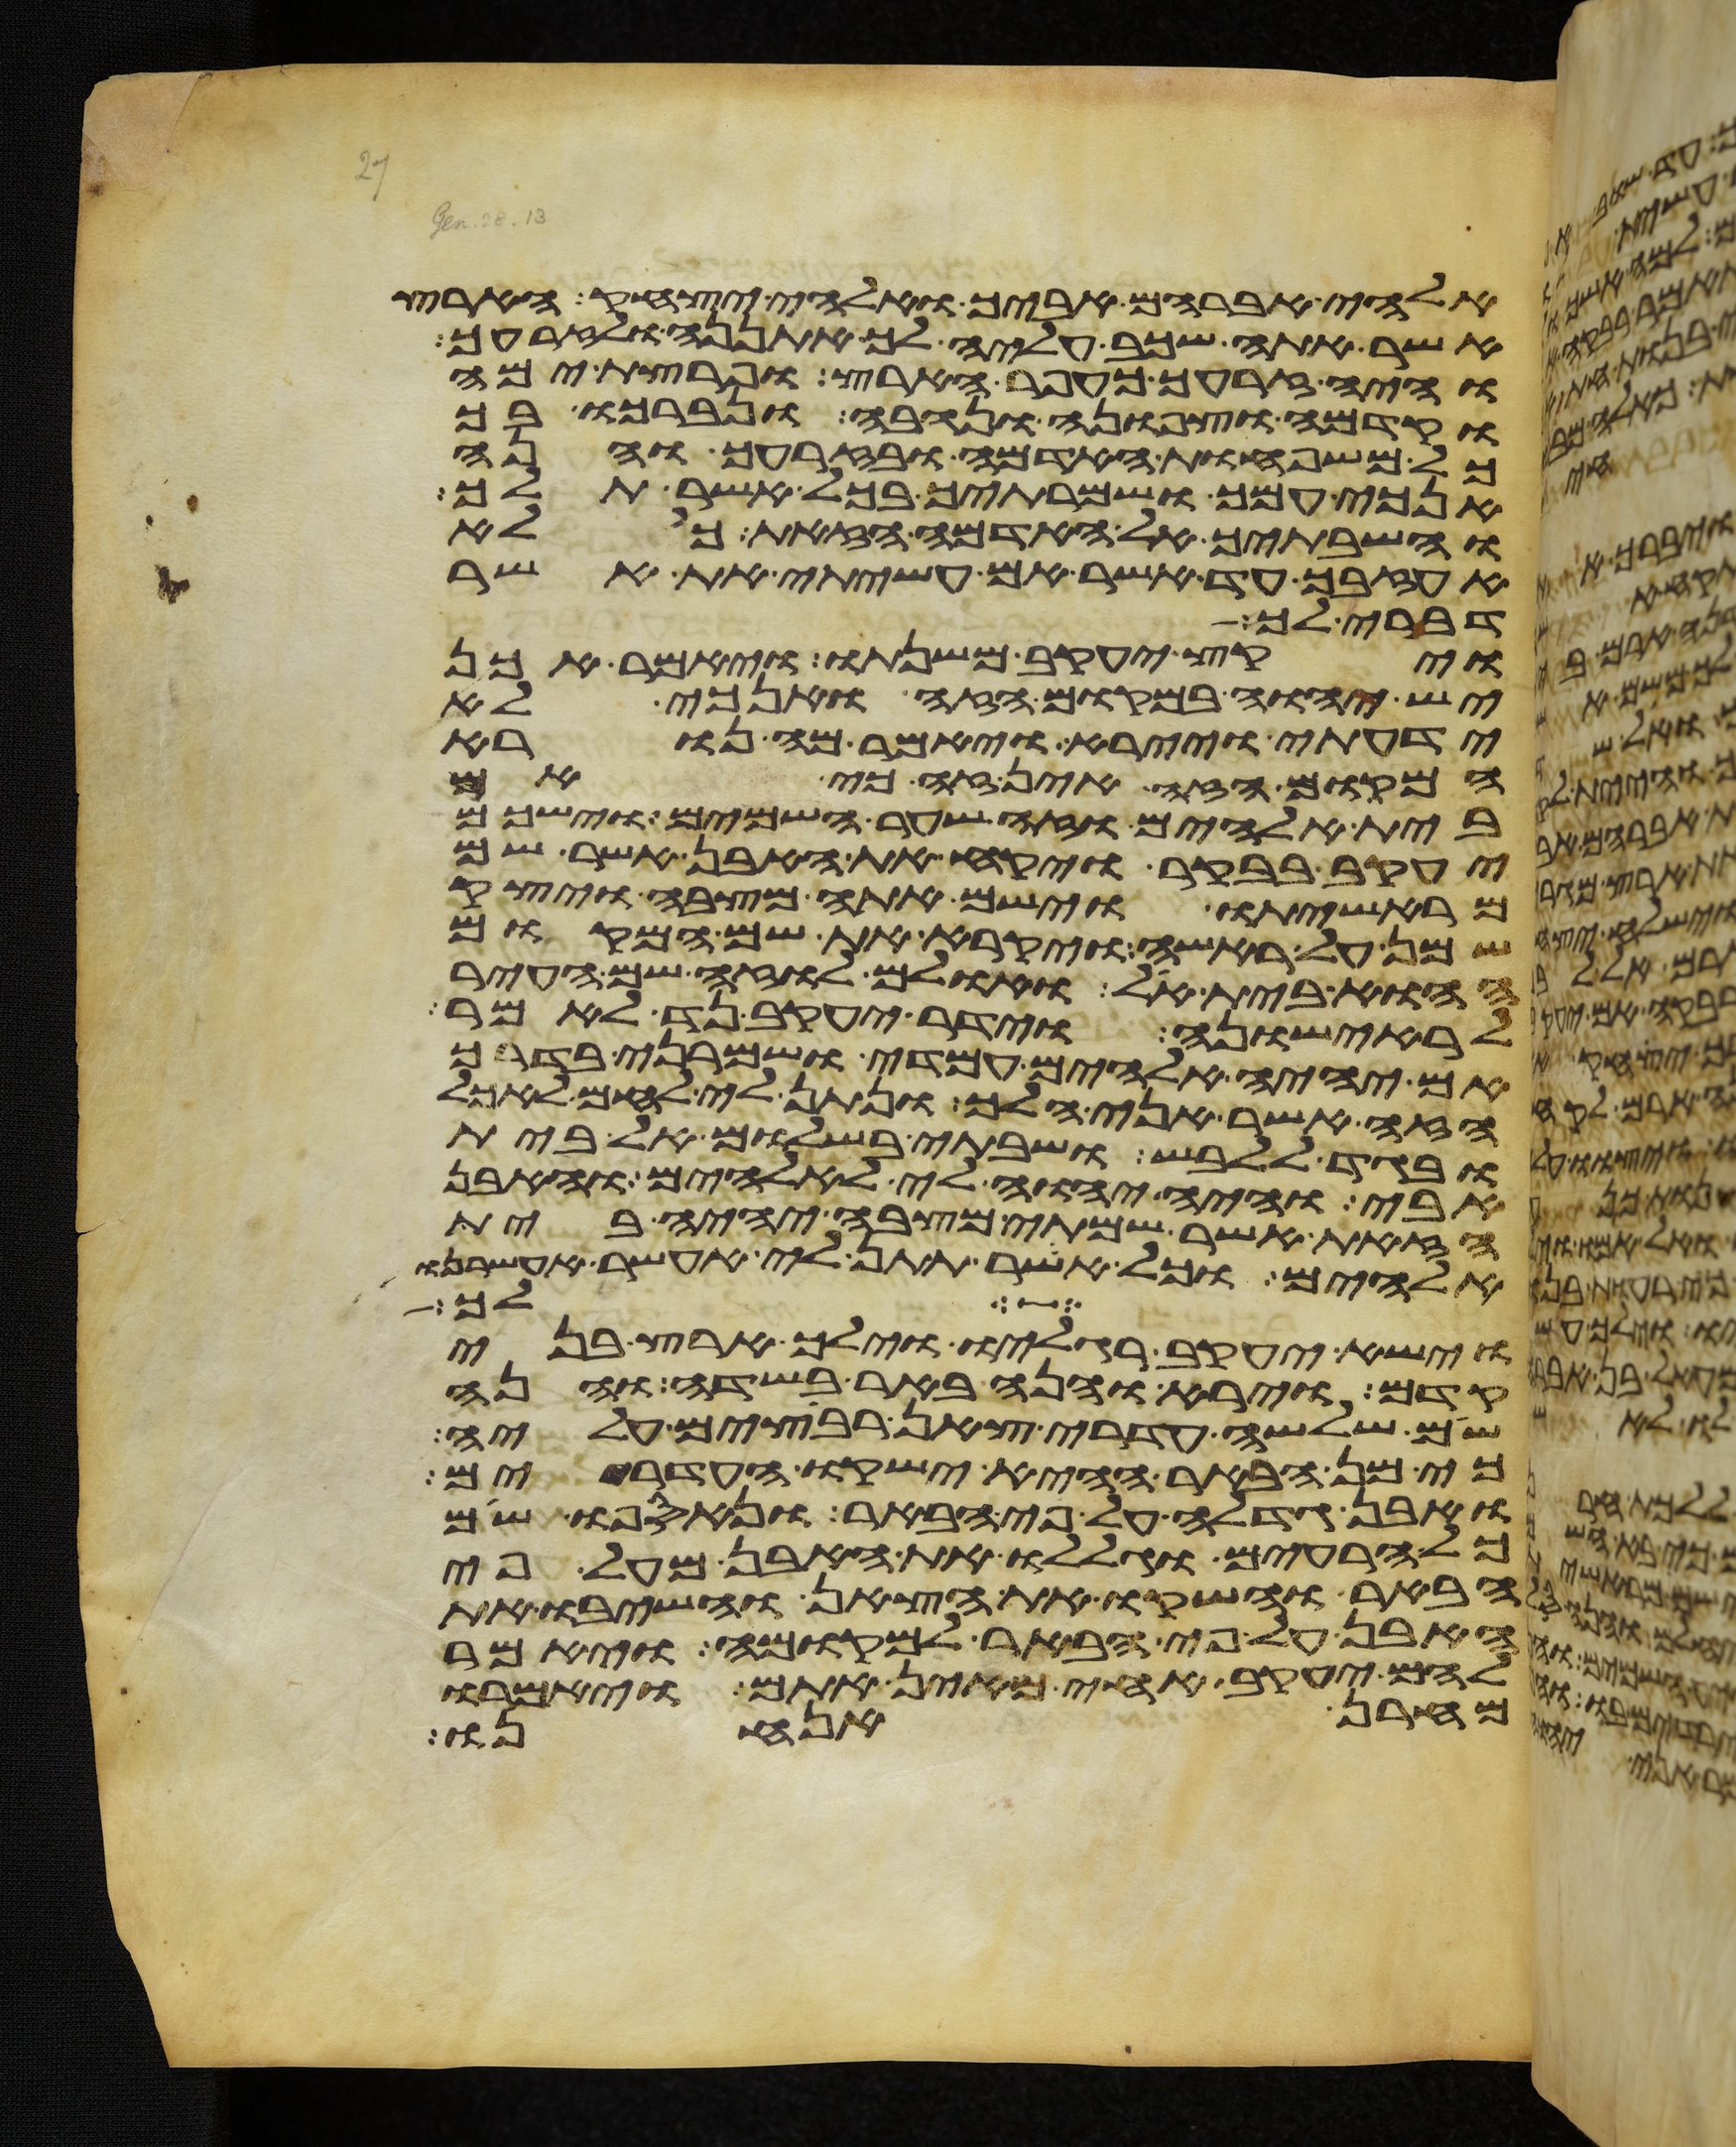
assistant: אלהי אברהם אביך ואלהי יצחק הארץ
אשר אתה שכב עליה לך אתננה ולזרעך
והיה זרעך כעפר הארץ ופרצת ימה
וקדמה וצפונה ונגבה ונברכו בך
כל משפחות האדמה ובזרעך והנה
אנכי עמך ושמרתיך בכל אשר תלך
והשבתיך אל האדמה הזאת כי לא
אעזבך עד אשר אם עשיתי את אשר
דברתי לך
ויקץ יעקב משנתו ויאמר אכן
יש יהוה במקום הזה ואנכי לא
ידעתי ויירא ויאמר מה נורא
המקום הזה אין זה כי אם
בית אלהים וזה שער השמים וישכם
יעקב בבקר ויקח את האבן אשר שם
מראשיתו וישם אתה מצבה ויצק
שמן על ראשה ויקרא את שם המקום
ההוא בית אל ואולם לוזה שם העיר
לראישונה וידר יעקב נדר לאמר
אם יהיה אלהים עמדי ושמרני בדרך
הזה אשר אני הלך ונתן לי לחם לאכל
ובגד ללבש ושבתי בשלום אל בית
אבי והיה יהוה לי לאלהים והאבן
הזאת אשר שמתי מצבה יהיה בית
אלהים וכל אשר תתן לי אעשר אעשרנו
לכל
וישא יעקב רגליו וילך ארץ בני
קדם וירא והנה באר בשדה והנה
שם שלשה עדרי צאן רבצים עליה
כי מן הבאר ההיא ישקו העדרים
ואבן גדלה על פי הבאר ונאספו שם
כל הרעים וגללו את האבן מעל פי
הבאר והשקו את הצאן והשיבו את
האבן על פי הבאר למקומה ויאמר
להם יעקב אחי מאין אתם ויאמרו
מחרן אנחנו